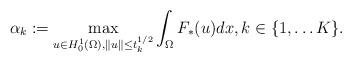
LaTeX: \begin{align*}\alpha_{k}:=\max_{u\in H_{0}^{1}(\Omega), \|u\|\leq t_{k}^{1/2}}\int_{\Omega}F_{\ast}(u)dx, k\in\{1,\ldots K\}.\end{align*}